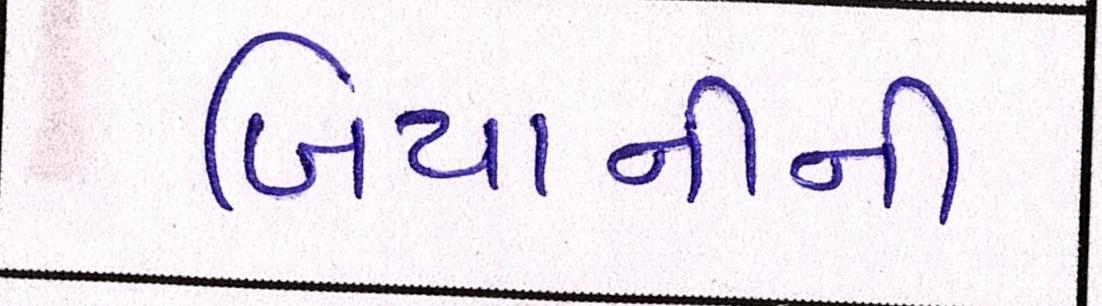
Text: બિયાનીની